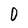
Character: 0